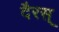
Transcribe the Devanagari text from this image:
दैरस्